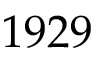
1 9 2 9